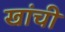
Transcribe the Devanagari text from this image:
खांची